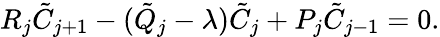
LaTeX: \begin{array}{r}{R_{j}\tilde{C}_{j+1}-(\tilde{Q}_{j}-\lambda)\tilde{C}_{j}+P_{j}\tilde{C}_{j-1}=0.}\end{array}